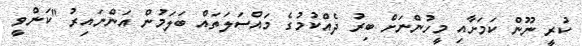
ކުރީ ނޫން ކަމަށާއި މީހުންނަށް ބިރު ދެއްކުމުގެ މައްސަލަތައް ބަލަމުން އަންނައިރު "ކަންވީ